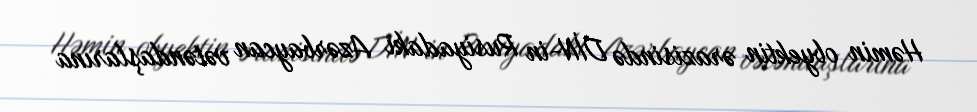
Həmin obyektin ərazisində DİN-in Rusiyadakı Azərbaycan vətəndaşlarına